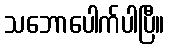
သဘောပေါက်ပါပြီ။